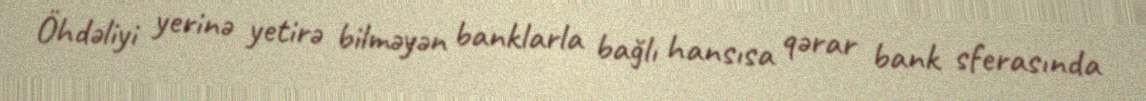
Öhdəliyi yerinə yetirə bilməyən banklarla bağlı hansısa qərar bank sferasında